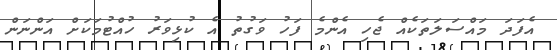
އެފަދަ މައްސަލަތަކެއް ޖެހި އެންމެ ފަހު ވަގުތު އެ ކުޅިވަރު ހުއްޓުމަކަށް އަންނަން